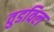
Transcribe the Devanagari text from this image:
वुडविल